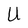
Character: U